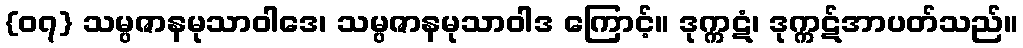
{၀၇} သမ္ပဇာနမုသာဝါဒေ၊ သမ္ပဇာနမုသာဝါဒ ကြောင့်။ ဒုက္ကဋံ၊ ဒုက္ကဋ်အာပတ်သည်။